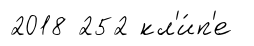
2018 252 кл'и́п'е